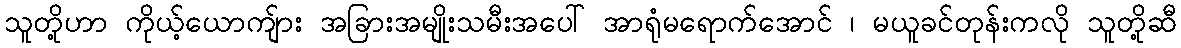
သူတို့ဟာ ကိုယ့်ယောကျ်ား အခြားအမျိုးသမီးအပေါ် အာရုံမရောက်အောင် ၊ မယူခင်တုန်းကလို သူတို့ဆီ